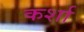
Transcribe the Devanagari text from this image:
कर्शा